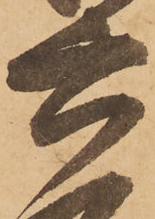
六